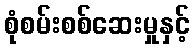
စုံစမ်းစစ်ဆေးမှုနှင့်